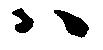
ハ